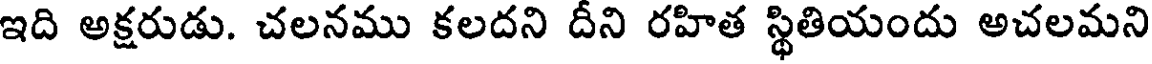
ఇది అక్షరుడు. చలనము కలదని దీని రహిత స్థితియందు అచలమని